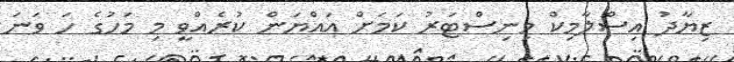
ޒިޔާދު އިސްލާމިކް މިނިސްޓަރު ކަމަށް އައްޔަން ކުރެއްވީ މި މަހުގެ ހަ ވަނަ